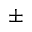
\pm